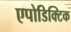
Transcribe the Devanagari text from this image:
एपोडिक्टिक